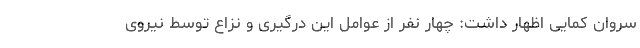
سروان کمایی اظهار داشت: چهار نفر از عوامل این درگیری و نزاع توسط نیروی